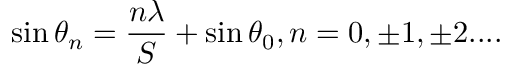
\sin \theta _ { n } = { \frac { n \lambda } { S } } + \sin \theta _ { 0 } , n = 0 , \pm 1 , \pm 2 . . . .